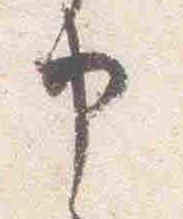
申